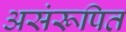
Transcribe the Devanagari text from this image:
असंरूपित